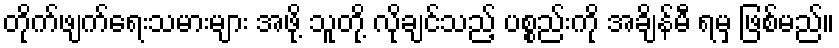
တိုက်ဖျက်ရေးသမားများ အဖို့ သူတို့ လိုချင်သည့် ပစ္စည်းကို အချိန်မီ ရမှ ဖြစ်မည်။